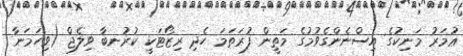
ޢުމަރު މަނިކުގެ އިސްނެންގެވުމުގެ މަތީން ފުރަތަމަ ހެދި ރިޒޯޓަކީ ކުރުނބާ ވިލެޖް (ވިހަމަނާ